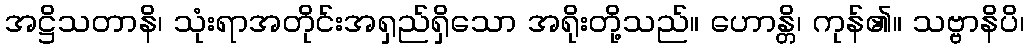
အဋ္ဌိသတာနိ၊ သုံးရာအတိုင်းအရှည်ရှိသော အရိုးတို့သည်။ ဟောန္တိ၊ ကုန်၏။ သဗ္ဗာနိပိ၊